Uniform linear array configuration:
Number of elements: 32
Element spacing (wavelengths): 1
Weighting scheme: hamming
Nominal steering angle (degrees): -15
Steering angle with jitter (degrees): -14.876
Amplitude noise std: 0.05
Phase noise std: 0.05

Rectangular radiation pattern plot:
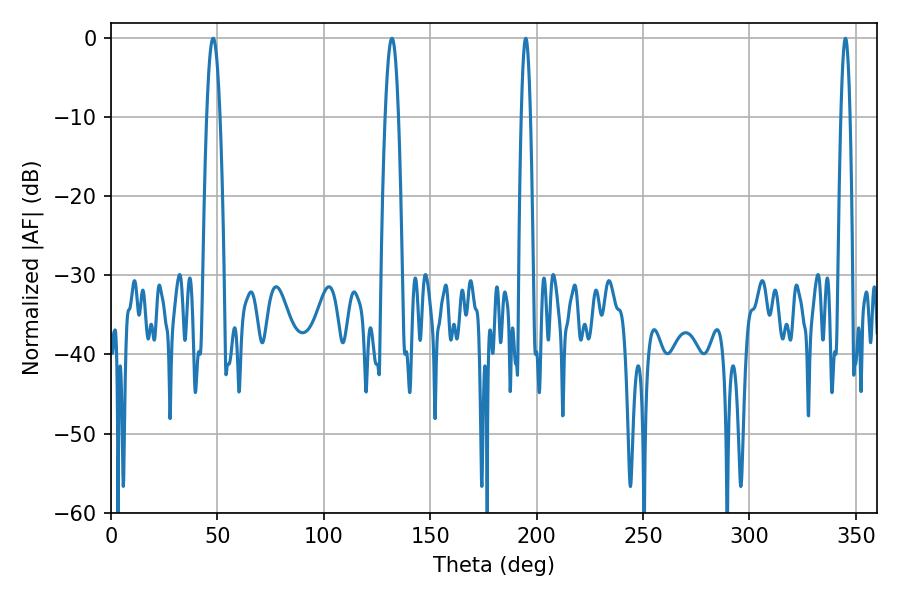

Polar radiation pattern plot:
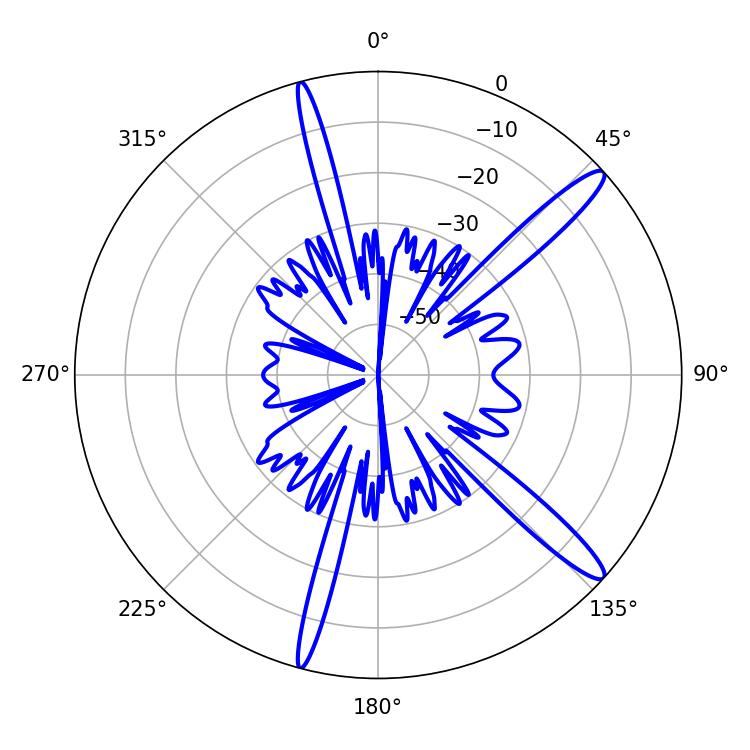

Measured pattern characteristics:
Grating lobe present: TRUE
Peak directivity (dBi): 14.312
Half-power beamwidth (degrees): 3.42
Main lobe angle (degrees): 48.06